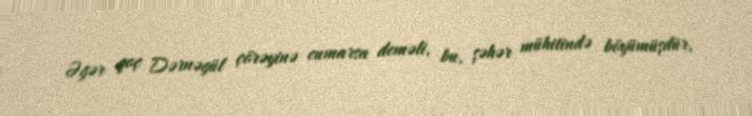
Əgər qoç Dərnəgül çörəyinə cumarsa deməli, bu, şəhər mühitində böyümüşdür,